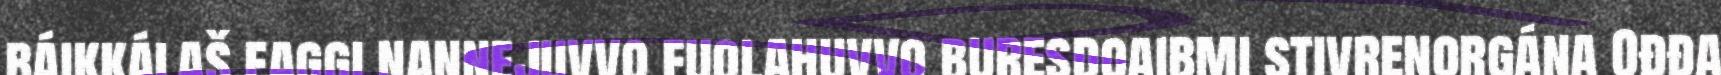
báikkálaš faggi nannejuvvo fuolahuvvo buresdoaibmi stivrenorgána Ođđa